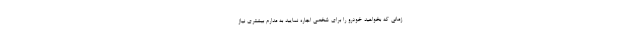
زمانی که بخواهید خودرو را برای شخصی اجاره نمایید به مدارم بیشتری نیاز